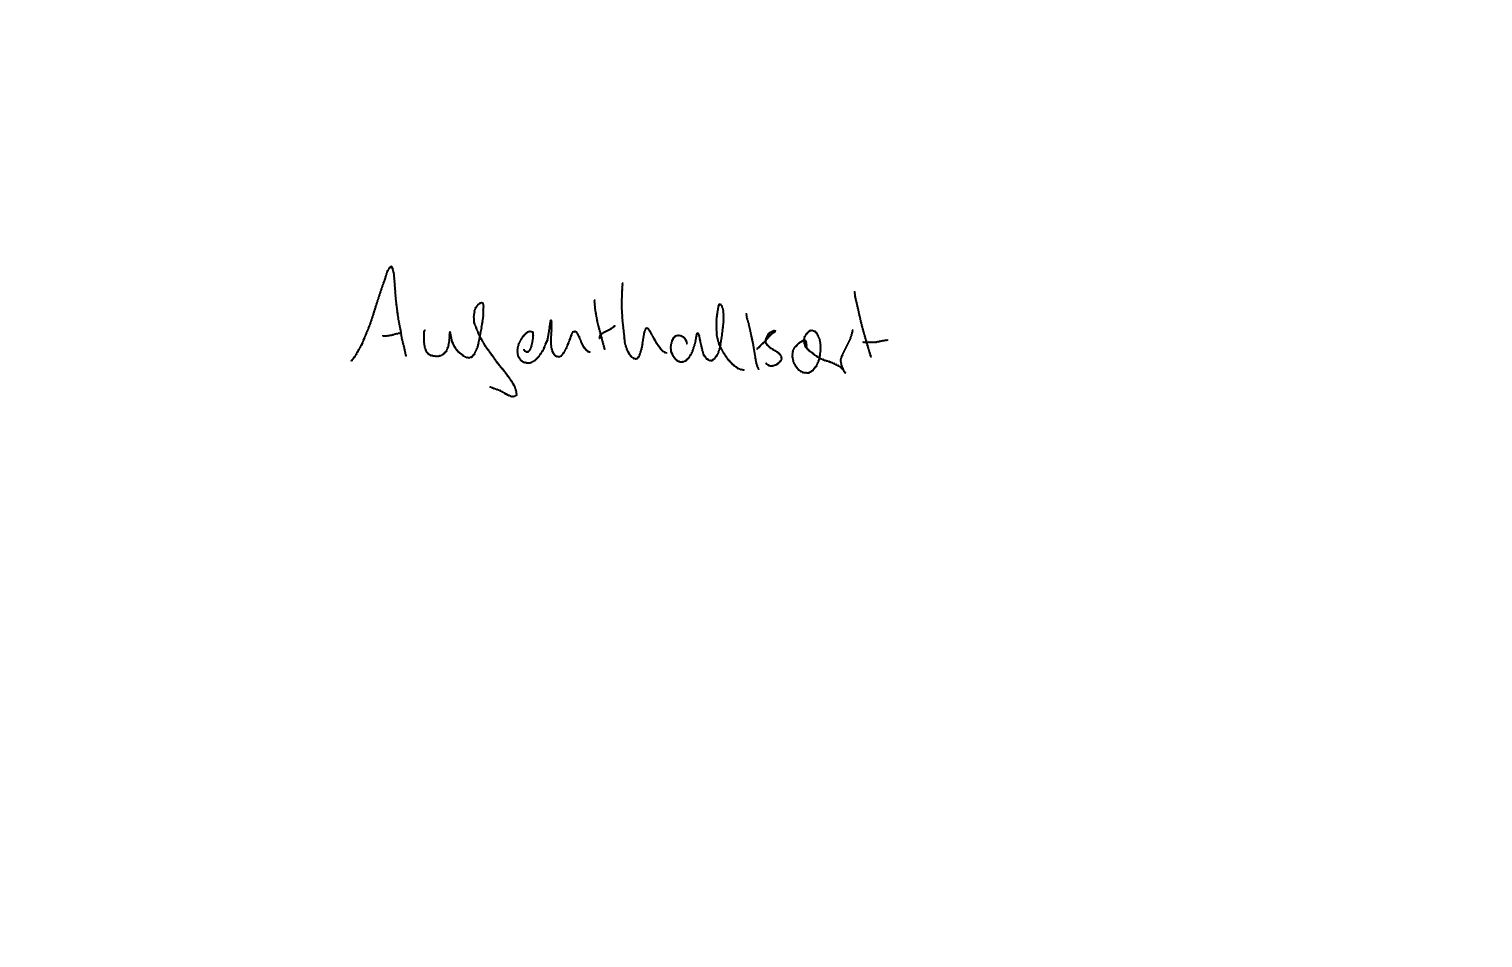
Text: Aufenthaltsort